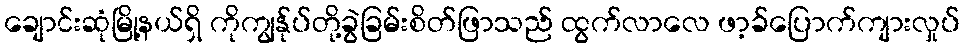
ချောင်းဆုံမြို့နယ်ရှိ ကိုကျွန်ုပ်တို့ခွဲခြမ်းစိတ်ဖြာသည် ထွက်လာလေ ဖာ့ခ်ပြောက်ကျားလှုပ်